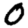
Digit: 0